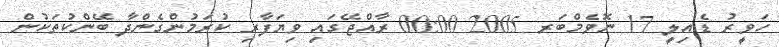
ހަވީރު ޑެއިލީ 17 ނޮވެމްބަރ 2005 00:00 ރާއްޖޭގައި ވިޔަފާރި ކުރަމުންގެންދާ ބޭންކުތަކުން